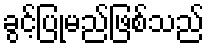
ခွင့်ပြုမည်ဖြစ်သည်